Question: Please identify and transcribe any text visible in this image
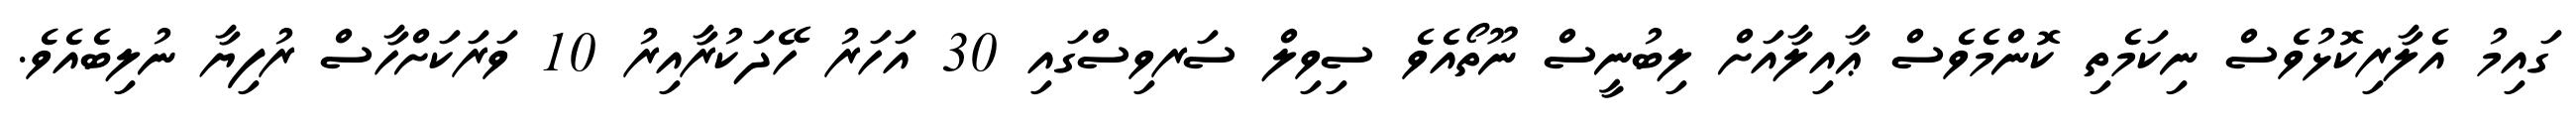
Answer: ގައިމު އެލާރިކޮޅުވެސް ނިކަމެތި ކޮންމެވެސް ޢާއިލާއަށް ލިބުނީސް ނޫތޯއެވެ ސިވިލް ސަރވިސްގައި 30 އަހަރު ހޭދަކުރާއިރު 10 ވަރަކަށްހާސް ރުފިޔާ ނުލިބެއެވެ.